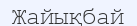
Жайықбай